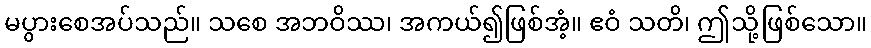
မပွားစေအပ်သည်။ သစေ အဘဝိဿ၊ အကယ်၍ဖြစ်အံ့။ ဧဝံ သတိ၊ ဤသို့ဖြစ်သော။